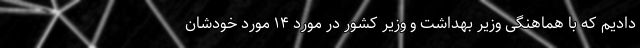
دادیم که با هماهنگی وزیر بهداشت و وزیر کشور در مورد ۱۴ مورد خودشان